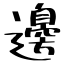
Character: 邊